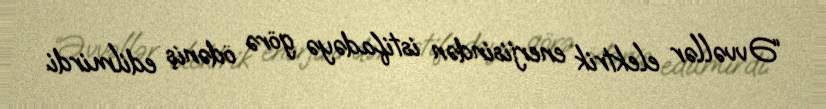
“Əvvəllər elektrik enerjisindən istifadəyə görə ödəniş edilmirdi.